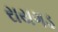
રાયગડ